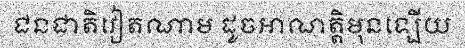
ជនជាតិវៀតណាម ដូចអាណត្តិមុនឡើយ